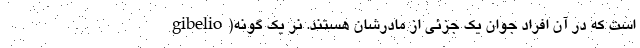
gibelio)است که در آن افراد جوان یک جزئی از مادرشان هستند. نر یک گونه